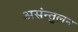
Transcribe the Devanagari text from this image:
असंन्तुलन